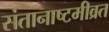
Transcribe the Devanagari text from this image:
संतानाष्टमीव्रत